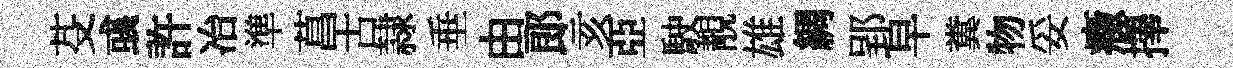
芟彧許冶準菖古隷垂由郎亥亞駛靚雄綢郢早糞物妥癥擇